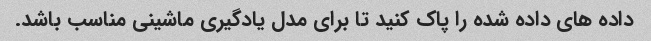
داده های داده شده را پاک کنید تا برای مدل یادگیری ماشینی مناسب باشد.